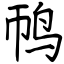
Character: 䴓